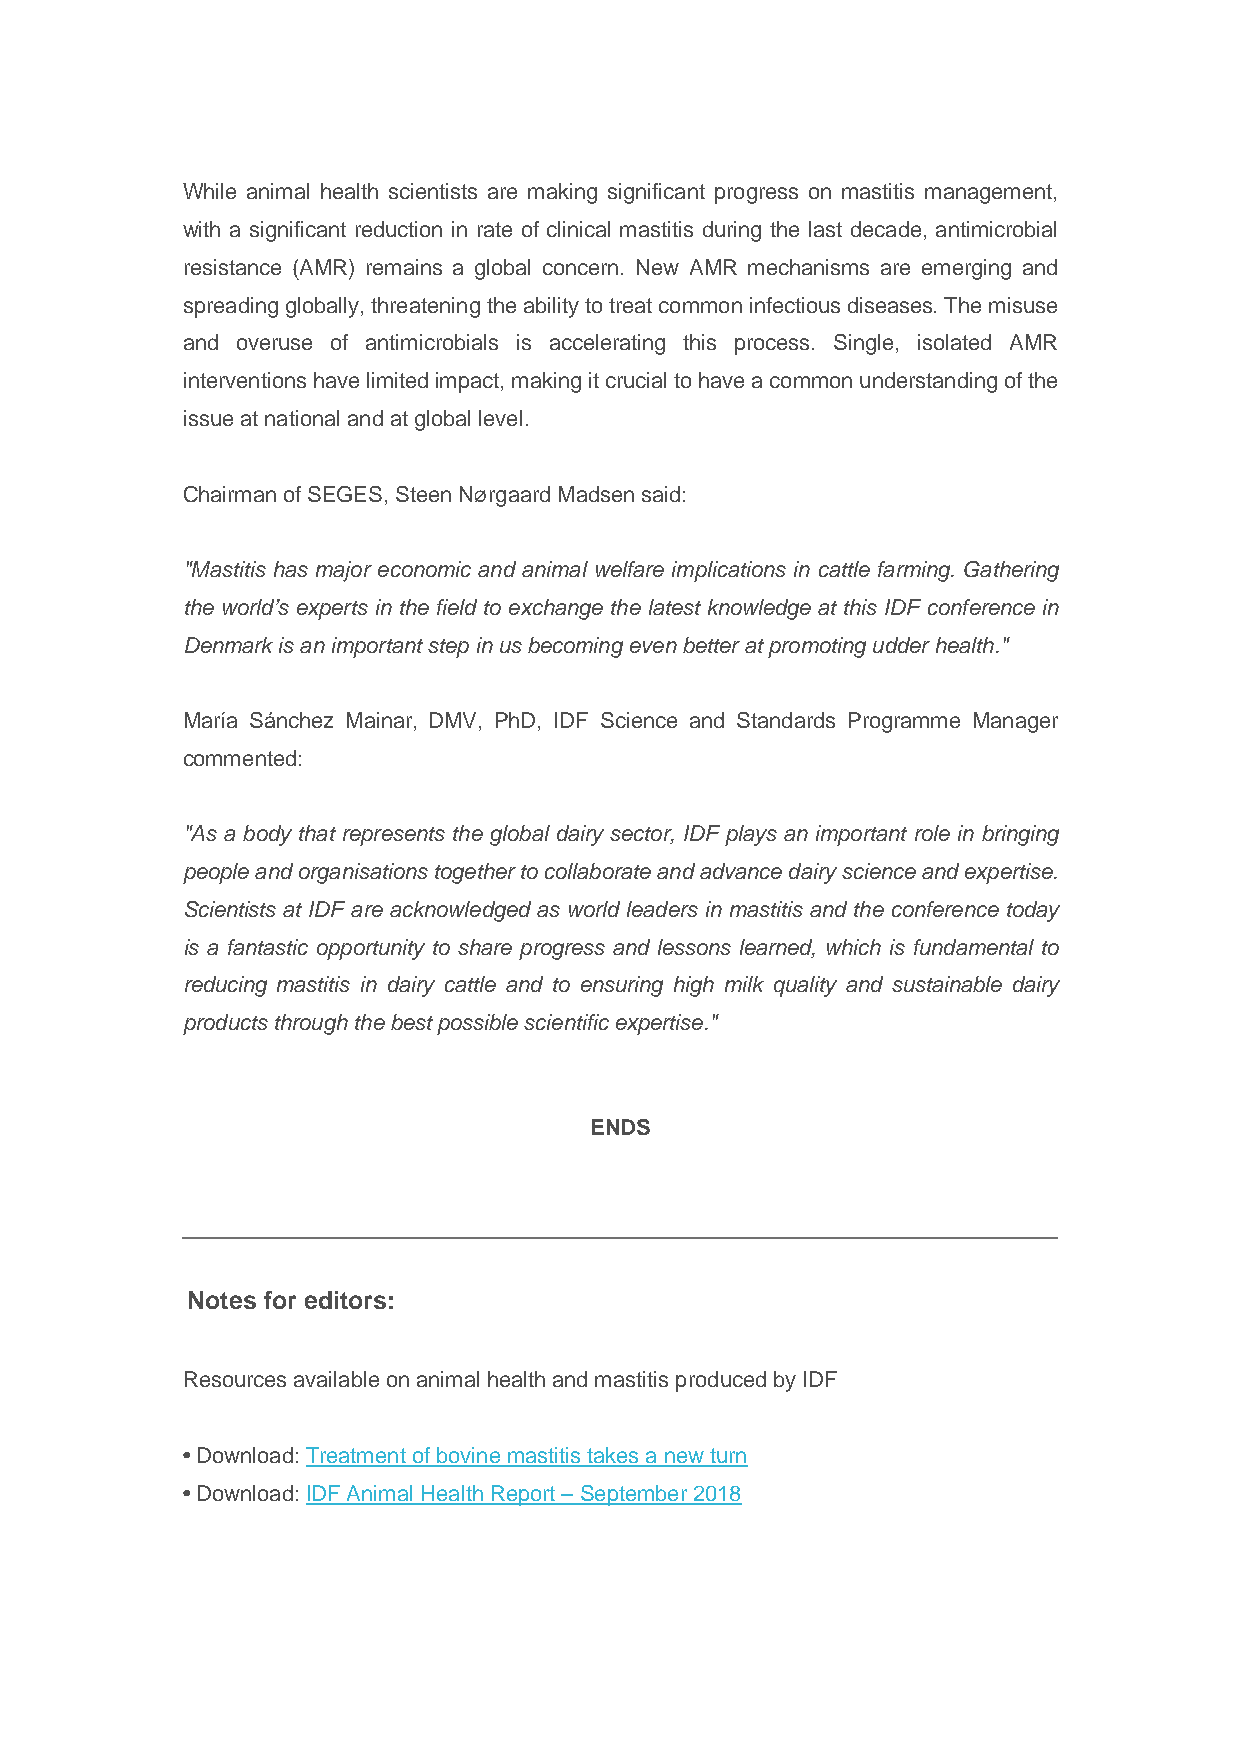
While animal health scientists are making significant progress on mastitis management,
 with a significant reduction in rate of clinical mastitis during the last decade, antimicrobial
 resistance (AMR) remains a global concern. New AMR mechanisms are emerging and
 spreading globally, threatening the ability to treat common infectious diseases. The misuse
 and overuse of antimicrobials is accelerating this process. Single, isolated AMR
 interventions have limited impact, making it crucial to have a common understanding of the
 issue at national and at global level.
 Chairman of SEGES, Steen Nørgaard Madsen said:
 "Mastitis has major economic and animal welfare implications in cattle farming. Gathering
 the world’s experts in the field to exchange the latest knowledge at this IDF conference in
 Denmark is an important step in us becoming even better at promoting udder health."
 María Sánchez Mainar, DMV, PhD, IDF Science and Standards Programme Manager
 commented:
 "As a body that represents the global dairy sector, IDF plays an important role in bringing
 people and organisations together to collaborate and advance dairy science and expertise.
 Scientists at IDF are acknowledged as world leaders in mastitis and the conference today
 is a fantastic opportunity to share progress and lessons learned, which is fundamental to
 reducing mastitis in dairy cattle and to ensuring high milk quality and sustainable dairy
 products through the best possible scientific expertise."
 ENDS
 Notes for editors:
 Resources available on animal health and mastitis produced by IDF
 • Download: Treatment of bovine mastitis takes a new turn
 • Download: IDF Animal Health Report – September 2018